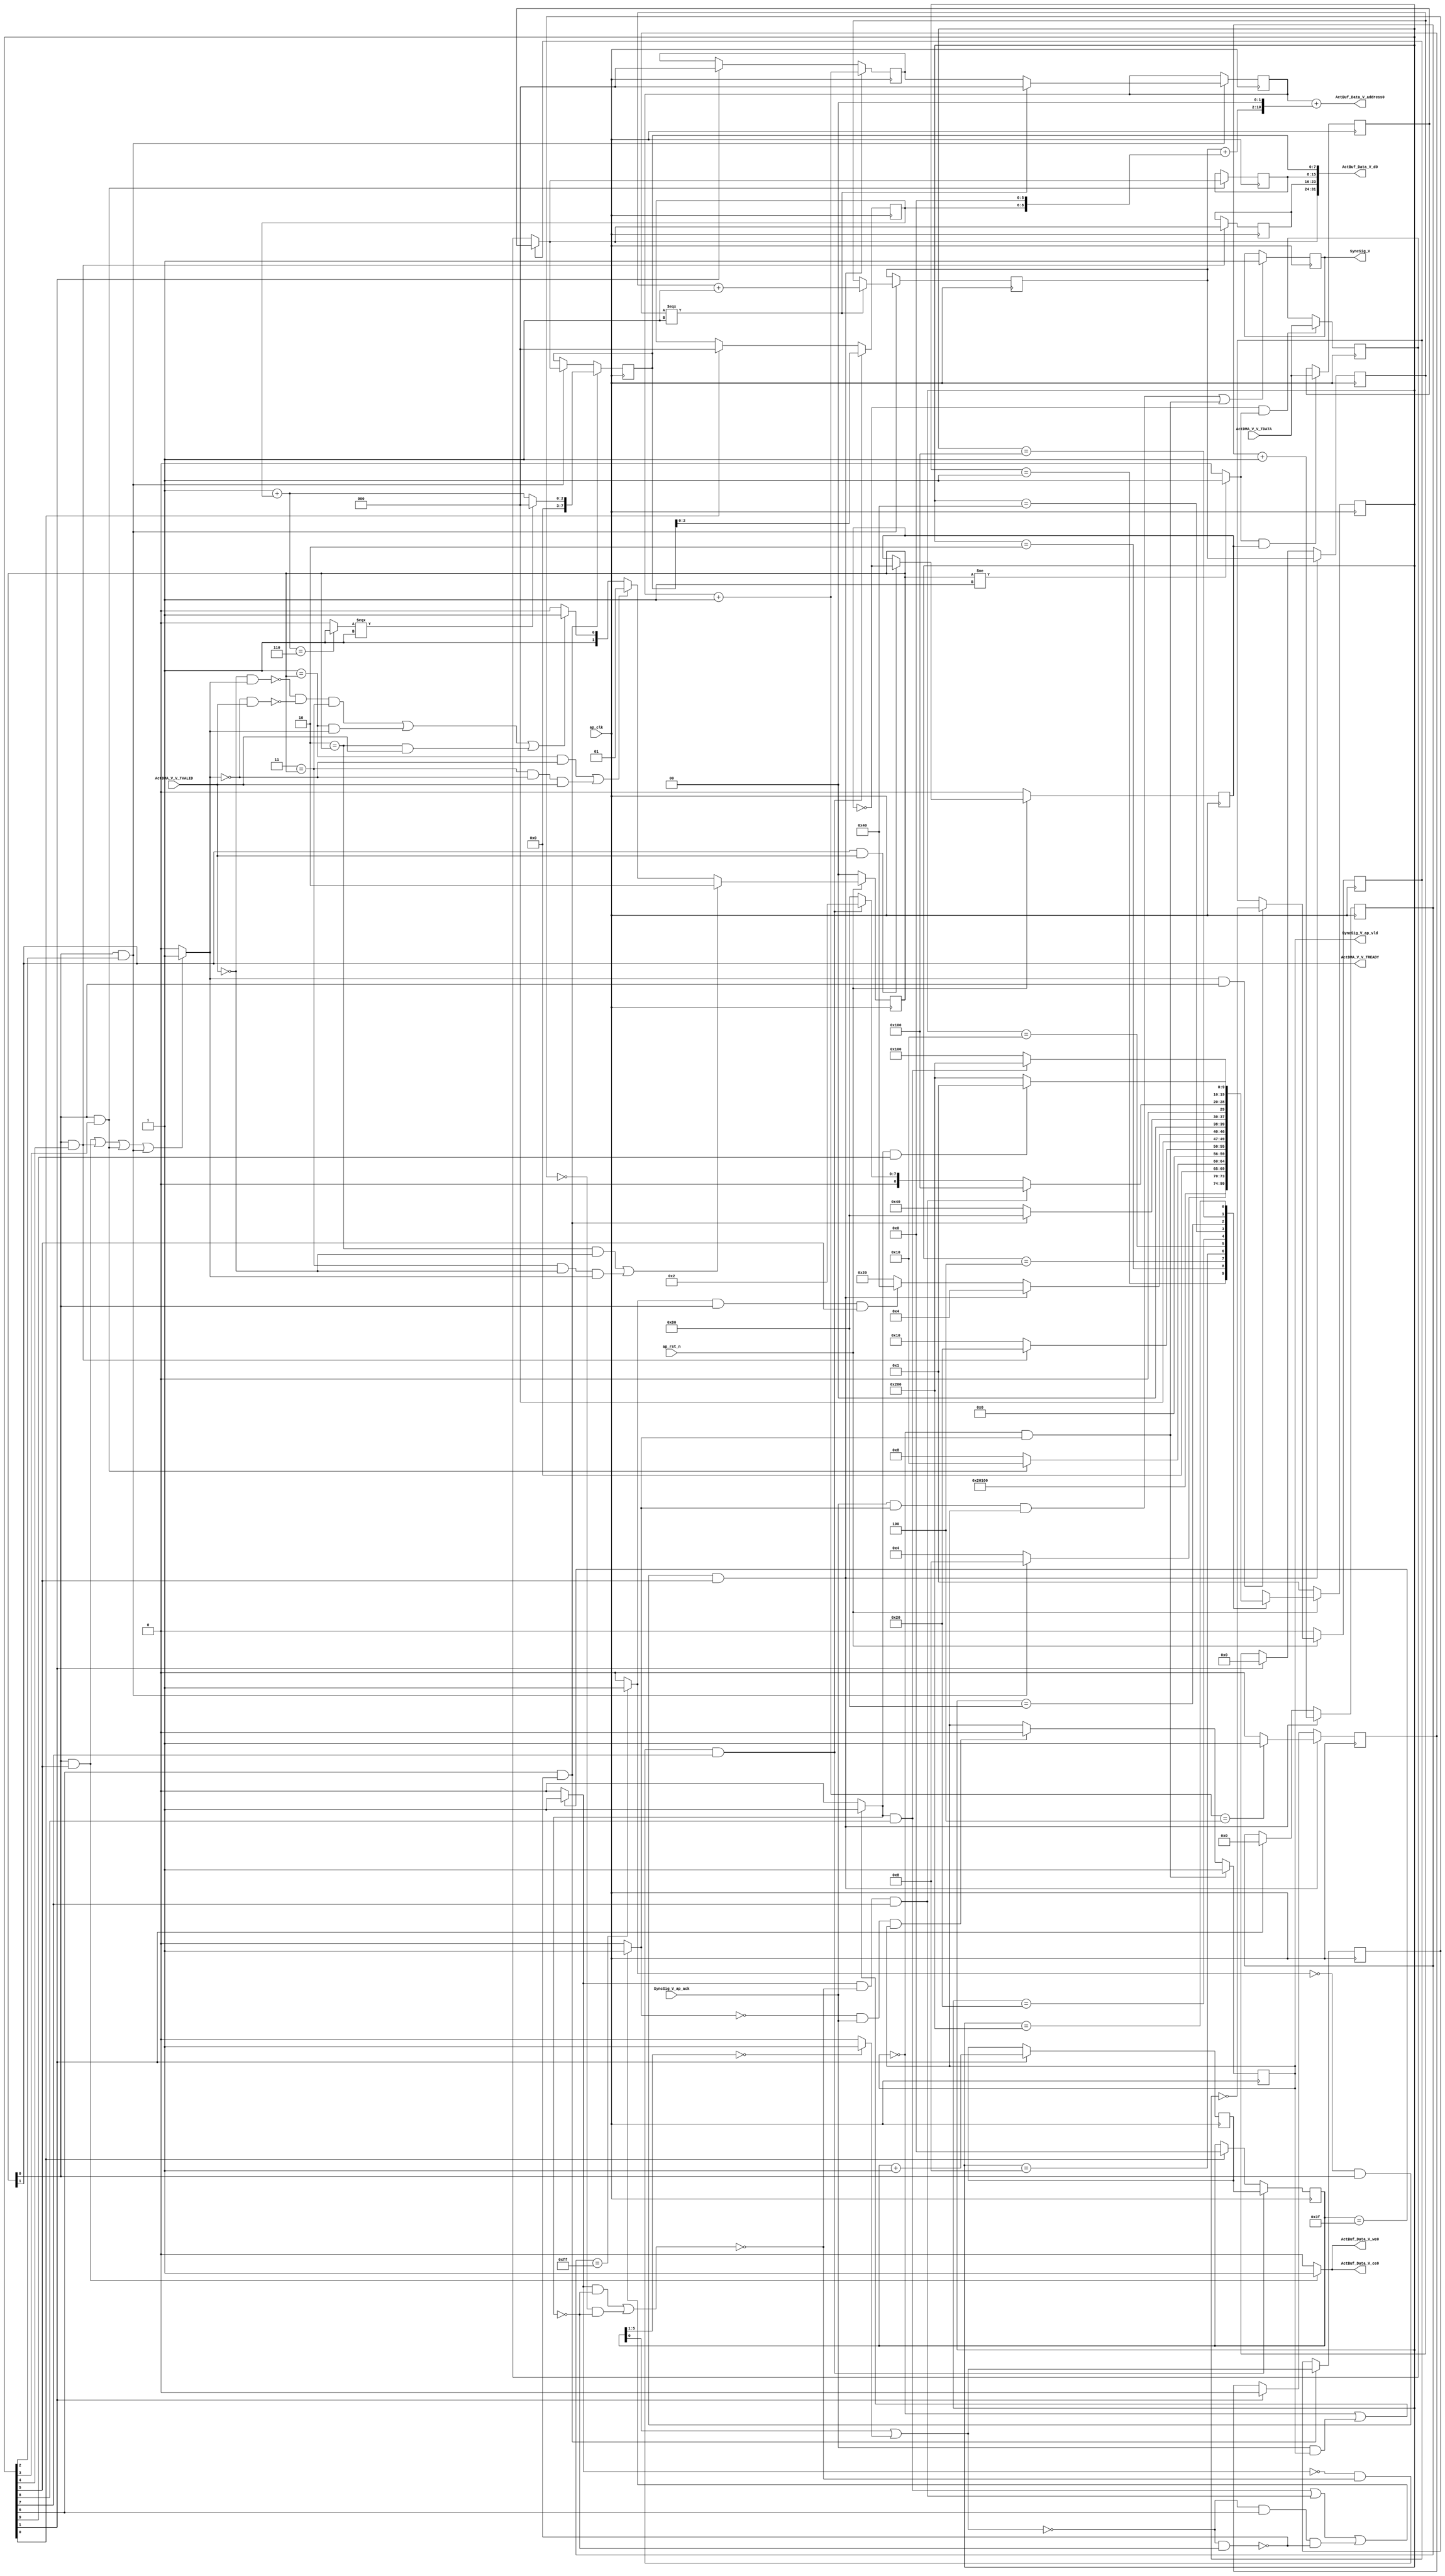
// ==============================================================
// RTL generated by Vivado(TM) HLS - High-Level Synthesis from C, C++ and SystemC
// Version: 2018.3
// Copyright (C) 1986-2018 Xilinx, Inc. All Rights Reserved.
// 
// ===========================================================

`timescale 1 ns / 1 ps 

(* CORE_GENERATION_INFO="Layer2_WriteAct,hls_ip_2018_3,{HLS_INPUT_TYPE=cxx,HLS_INPUT_FLOAT=0,HLS_INPUT_FIXED=1,HLS_INPUT_PART=xczu15eg-ffvb1156-2-i,HLS_INPUT_CLOCK=10.000000,HLS_INPUT_ARCH=others,HLS_SYN_CLOCK=2.822000,HLS_SYN_LAT=65730,HLS_SYN_TPT=none,HLS_SYN_MEM=0,HLS_SYN_DSP=0,HLS_SYN_FF=101,HLS_SYN_LUT=340,HLS_VERSION=2018_3}" *)

module Layer2_WriteAct (
        ap_clk,
        ap_rst_n,
        ActDMA_V_V_TDATA,
        ActDMA_V_V_TVALID,
        ActDMA_V_V_TREADY,
        SyncSig_V,
        SyncSig_V_ap_vld,
        SyncSig_V_ap_ack,
        ActBuf_Data_V_address0,
        ActBuf_Data_V_ce0,
        ActBuf_Data_V_we0,
        ActBuf_Data_V_d0
);

parameter    ap_ST_fsm_state1 = 10'd1;
parameter    ap_ST_fsm_state2 = 10'd2;
parameter    ap_ST_fsm_state3 = 10'd4;
parameter    ap_ST_fsm_state4 = 10'd8;
parameter    ap_ST_fsm_state5 = 10'd16;
parameter    ap_ST_fsm_state6 = 10'd32;
parameter    ap_ST_fsm_state7 = 10'd64;
parameter    ap_ST_fsm_state8 = 10'd128;
parameter    ap_ST_fsm_state9 = 10'd256;
parameter    ap_ST_fsm_state10 = 10'd512;

input   ap_clk;
input   ap_rst_n;
input  [7:0] ActDMA_V_V_TDATA;
input   ActDMA_V_V_TVALID;
output   ActDMA_V_V_TREADY;
output   SyncSig_V;
output   SyncSig_V_ap_vld;
input   SyncSig_V_ap_ack;
output  [10:0] ActBuf_Data_V_address0;
output   ActBuf_Data_V_ce0;
output   ActBuf_Data_V_we0;
output  [31:0] ActBuf_Data_V_d0;

reg ActBuf_Data_V_ce0;
reg ActBuf_Data_V_we0;

 reg    ap_rst_n_inv;
reg   [7:0] ActDMA_V_V_0_data_out;
wire    ActDMA_V_V_0_vld_in;
wire    ActDMA_V_V_0_vld_out;
wire    ActDMA_V_V_0_ack_in;
reg    ActDMA_V_V_0_ack_out;
reg   [7:0] ActDMA_V_V_0_payload_A;
reg   [7:0] ActDMA_V_V_0_payload_B;
reg    ActDMA_V_V_0_sel_rd;
reg    ActDMA_V_V_0_sel_wr;
wire    ActDMA_V_V_0_sel;
wire    ActDMA_V_V_0_load_A;
wire    ActDMA_V_V_0_load_B;
reg   [1:0] ActDMA_V_V_0_state;
wire    ActDMA_V_V_0_state_cmp_full;
reg    SyncSig_V_1_data_reg;
reg    SyncSig_V_1_vld_reg;
reg    SyncSig_V_1_vld_in;
reg    SyncSig_V_1_ack_in;
wire    SyncSig_V_1_ack_out;
reg    ActDMA_V_V_TDATA_blk_n;
(* fsm_encoding = "none" *) reg   [9:0] ap_CS_fsm;
wire    ap_CS_fsm_state3;
wire    ap_CS_fsm_state4;
wire    ap_CS_fsm_state5;
wire    ap_CS_fsm_state6;
reg    SyncSig_V_blk_n;
wire    ap_CS_fsm_state7;
wire   [0:0] demorgan_fu_337_p2;
wire    ap_CS_fsm_state8;
reg   [0:0] demorgan_reg_404;
wire   [0:0] tmp_fu_343_p2;
wire    ap_CS_fsm_state9;
wire    ap_CS_fsm_state10;
wire   [2:0] t_V_3_mid2_fu_213_p3;
reg   [2:0] t_V_3_mid2_reg_354;
wire   [6:0] t_V_fu_205_p3;
reg   [6:0] t_V_reg_360;
reg   [7:0] reg_366;
wire   [2:0] t_V_3_fu_309_p3;
reg    ap_block_state7_io;
reg   [7:0] tmp_V_1_reg_371;
reg   [7:0] tmp_V_2_reg_376;
wire   [2:0] t_V_5_fu_239_p2;
wire   [7:0] indvar_flatten_next_fu_279_p2;
wire   [0:0] exitcond_fu_291_p2;
wire   [5:0] p_Val2_s_fu_199_p2;
reg   [5:0] p_Val2_s_reg_399;
wire    ap_CS_fsm_state2;
reg   [2:0] t_V6_reg_125;
wire    ap_CS_fsm_state1;
reg    ap_block_state8_io;
reg   [5:0] p_Val2_5_reg_137;
reg   [0:0] exitcond4_reg_149;
wire   [0:0] exitcond_flatten_fu_285_p2;
reg   [2:0] t_V_s_reg_160;
reg   [6:0] t_V_1_reg_171;
reg   [7:0] indvar_flatten1_reg_182;
wire   [63:0] tmp_15_cast_fu_259_p1;
wire   [6:0] c_V_fu_193_p2;
wire   [8:0] tmp_3_fu_264_p3;
wire   [9:0] tmp_s_fu_274_p2;
wire   [11:0] tmp_cast_fu_224_p1;
wire   [11:0] tmp_14_cast_fu_245_p3;
wire   [11:0] tmp_1_fu_253_p2;
wire   [9:0] tmp_9_cast_fu_221_p1;
wire   [9:0] tmp_10_cast_fu_235_p1;
wire   [4:0] tmp_4_fu_317_p4;
wire   [0:0] tmp_5_fu_327_p2;
wire   [2:0] rRow_V_fu_297_p2;
wire   [0:0] tmp_6_fu_333_p1;
wire   [0:0] icmp_fu_303_p2;
reg   [9:0] ap_NS_fsm;

// power-on initialization
initial begin
#0 ActDMA_V_V_0_sel_rd = 1'b0;
#0 ActDMA_V_V_0_sel_wr = 1'b0;
#0 ActDMA_V_V_0_state = 2'd0;
#0 SyncSig_V_1_data_reg = 1'b0;
#0 SyncSig_V_1_vld_reg = 1'b0;
#0 ap_CS_fsm = 10'd1;
end

always @ (posedge ap_clk) begin
    if (ap_rst_n_inv == 1'b1) begin
        ActDMA_V_V_0_sel_rd <= 1'b0;
    end else begin
        if (((1'b1 == ActDMA_V_V_0_ack_out) & (1'b1 == ActDMA_V_V_0_vld_out))) begin
            ActDMA_V_V_0_sel_rd <= ~ActDMA_V_V_0_sel_rd;
        end
    end
end

always @ (posedge ap_clk) begin
    if (ap_rst_n_inv == 1'b1) begin
        ActDMA_V_V_0_sel_wr <= 1'b0;
    end else begin
        if (((1'b1 == ActDMA_V_V_0_ack_in) & (1'b1 == ActDMA_V_V_0_vld_in))) begin
            ActDMA_V_V_0_sel_wr <= ~ActDMA_V_V_0_sel_wr;
        end
    end
end

always @ (posedge ap_clk) begin
    if (ap_rst_n_inv == 1'b1) begin
        ActDMA_V_V_0_state <= 2'd0;
    end else begin
        if ((((2'd2 == ActDMA_V_V_0_state) & (1'b0 == ActDMA_V_V_0_vld_in)) | ((2'd3 == ActDMA_V_V_0_state) & (1'b0 == ActDMA_V_V_0_vld_in) & (1'b1 == ActDMA_V_V_0_ack_out)))) begin
            ActDMA_V_V_0_state <= 2'd2;
        end else if ((((2'd1 == ActDMA_V_V_0_state) & (1'b0 == ActDMA_V_V_0_ack_out)) | ((2'd3 == ActDMA_V_V_0_state) & (1'b0 == ActDMA_V_V_0_ack_out) & (1'b1 == ActDMA_V_V_0_vld_in)))) begin
            ActDMA_V_V_0_state <= 2'd1;
        end else if (((~((1'b0 == ActDMA_V_V_0_vld_in) & (1'b1 == ActDMA_V_V_0_ack_out)) & ~((1'b0 == ActDMA_V_V_0_ack_out) & (1'b1 == ActDMA_V_V_0_vld_in)) & (2'd3 == ActDMA_V_V_0_state)) | ((2'd1 == ActDMA_V_V_0_state) & (1'b1 == ActDMA_V_V_0_ack_out)) | ((2'd2 == ActDMA_V_V_0_state) & (1'b1 == ActDMA_V_V_0_vld_in)))) begin
            ActDMA_V_V_0_state <= 2'd3;
        end else begin
            ActDMA_V_V_0_state <= 2'd2;
        end
    end
end

always @ (posedge ap_clk) begin
    if (ap_rst_n_inv == 1'b1) begin
        ap_CS_fsm <= ap_ST_fsm_state1;
    end else begin
        ap_CS_fsm <= ap_NS_fsm;
    end
end

always @ (posedge ap_clk) begin
    if (((1'b0 == SyncSig_V_1_vld_reg) & (1'b1 == SyncSig_V_1_vld_in))) begin
        SyncSig_V_1_vld_reg <= 1'b1;
    end else if (((1'b0 == SyncSig_V_1_vld_in) & (1'b1 == SyncSig_V_1_ack_out) & (1'b1 == SyncSig_V_1_vld_reg))) begin
        SyncSig_V_1_vld_reg <= 1'b0;
    end
end

always @ (posedge ap_clk) begin
    if (((exitcond_flatten_fu_285_p2 == 1'd0) & (1'b1 == ActDMA_V_V_0_vld_out) & (1'b1 == ap_CS_fsm_state6))) begin
        exitcond4_reg_149 <= exitcond_fu_291_p2;
    end else if ((1'b1 == ap_CS_fsm_state2)) begin
        exitcond4_reg_149 <= 1'd0;
    end
end

always @ (posedge ap_clk) begin
    if (((exitcond_flatten_fu_285_p2 == 1'd0) & (1'b1 == ActDMA_V_V_0_vld_out) & (1'b1 == ap_CS_fsm_state6))) begin
        indvar_flatten1_reg_182 <= indvar_flatten_next_fu_279_p2;
    end else if ((1'b1 == ap_CS_fsm_state2)) begin
        indvar_flatten1_reg_182 <= 8'd0;
    end
end

always @ (posedge ap_clk) begin
    if (((tmp_fu_343_p2 == 1'd0) & (1'b0 == ap_block_state8_io) & (1'b1 == ap_CS_fsm_state8))) begin
        p_Val2_5_reg_137 <= p_Val2_s_reg_399;
    end else if ((1'b1 == ap_CS_fsm_state1)) begin
        p_Val2_5_reg_137 <= 6'd0;
    end
end

always @ (posedge ap_clk) begin
    if (((1'b1 == ap_CS_fsm_state7) & (1'b0 == ap_block_state7_io))) begin
        reg_366 <= t_V_3_fu_309_p3;
    end else if (((1'b1 == ActDMA_V_V_0_vld_out) & (1'b1 == ap_CS_fsm_state3))) begin
        reg_366 <= ActDMA_V_V_0_data_out;
    end
end

always @ (posedge ap_clk) begin
    if (((tmp_fu_343_p2 == 1'd0) & (1'b0 == ap_block_state8_io) & (1'b1 == ap_CS_fsm_state8))) begin
        t_V6_reg_125 <= reg_366;
    end else if ((1'b1 == ap_CS_fsm_state1)) begin
        t_V6_reg_125 <= 3'd0;
    end
end

always @ (posedge ap_clk) begin
    if (((exitcond_flatten_fu_285_p2 == 1'd0) & (1'b1 == ActDMA_V_V_0_vld_out) & (1'b1 == ap_CS_fsm_state6))) begin
        t_V_1_reg_171 <= t_V_reg_360;
    end else if ((1'b1 == ap_CS_fsm_state2)) begin
        t_V_1_reg_171 <= 7'd0;
    end
end

always @ (posedge ap_clk) begin
    if (((exitcond_flatten_fu_285_p2 == 1'd0) & (1'b1 == ActDMA_V_V_0_vld_out) & (1'b1 == ap_CS_fsm_state6))) begin
        t_V_s_reg_160 <= t_V_5_fu_239_p2;
    end else if ((1'b1 == ap_CS_fsm_state2)) begin
        t_V_s_reg_160 <= 3'd0;
    end
end

always @ (posedge ap_clk) begin
    if ((1'b1 == ActDMA_V_V_0_load_A)) begin
        ActDMA_V_V_0_payload_A <= ActDMA_V_V_TDATA;
    end
end

always @ (posedge ap_clk) begin
    if ((1'b1 == ActDMA_V_V_0_load_B)) begin
        ActDMA_V_V_0_payload_B <= ActDMA_V_V_TDATA;
    end
end

always @ (posedge ap_clk) begin
    if ((((1'b1 == SyncSig_V_1_ack_out) & (1'b1 == SyncSig_V_1_vld_in) & (1'b1 == SyncSig_V_1_vld_reg)) | ((1'b0 == SyncSig_V_1_vld_reg) & (1'b1 == SyncSig_V_1_vld_in)))) begin
        SyncSig_V_1_data_reg <= 1'd1;
    end
end

always @ (posedge ap_clk) begin
    if (((1'b1 == ap_CS_fsm_state7) & (1'b0 == ap_block_state7_io))) begin
        demorgan_reg_404 <= demorgan_fu_337_p2;
    end
end

always @ (posedge ap_clk) begin
    if ((1'b1 == ap_CS_fsm_state2)) begin
        p_Val2_s_reg_399 <= p_Val2_s_fu_199_p2;
    end
end

always @ (posedge ap_clk) begin
    if (((1'b1 == ActDMA_V_V_0_vld_out) & (1'b1 == ap_CS_fsm_state3))) begin
        t_V_3_mid2_reg_354 <= t_V_3_mid2_fu_213_p3;
        t_V_reg_360 <= t_V_fu_205_p3;
    end
end

always @ (posedge ap_clk) begin
    if (((1'b1 == ActDMA_V_V_0_vld_out) & (1'b1 == ap_CS_fsm_state4))) begin
        tmp_V_1_reg_371 <= ActDMA_V_V_0_data_out;
    end
end

always @ (posedge ap_clk) begin
    if (((1'b1 == ActDMA_V_V_0_vld_out) & (1'b1 == ap_CS_fsm_state5))) begin
        tmp_V_2_reg_376 <= ActDMA_V_V_0_data_out;
    end
end

always @ (*) begin
    if (((1'b1 == ActDMA_V_V_0_vld_out) & (1'b1 == ap_CS_fsm_state6))) begin
        ActBuf_Data_V_ce0 = 1'b1;
    end else begin
        ActBuf_Data_V_ce0 = 1'b0;
    end
end

always @ (*) begin
    if (((1'b1 == ActDMA_V_V_0_vld_out) & (1'b1 == ap_CS_fsm_state6))) begin
        ActBuf_Data_V_we0 = 1'b1;
    end else begin
        ActBuf_Data_V_we0 = 1'b0;
    end
end

always @ (*) begin
    if ((((1'b1 == ActDMA_V_V_0_vld_out) & (1'b1 == ap_CS_fsm_state6)) | ((1'b1 == ActDMA_V_V_0_vld_out) & (1'b1 == ap_CS_fsm_state5)) | ((1'b1 == ActDMA_V_V_0_vld_out) & (1'b1 == ap_CS_fsm_state4)) | ((1'b1 == ActDMA_V_V_0_vld_out) & (1'b1 == ap_CS_fsm_state3)))) begin
        ActDMA_V_V_0_ack_out = 1'b1;
    end else begin
        ActDMA_V_V_0_ack_out = 1'b0;
    end
end

always @ (*) begin
    if ((1'b1 == ActDMA_V_V_0_sel)) begin
        ActDMA_V_V_0_data_out = ActDMA_V_V_0_payload_B;
    end else begin
        ActDMA_V_V_0_data_out = ActDMA_V_V_0_payload_A;
    end
end

always @ (*) begin
    if (((1'b1 == ap_CS_fsm_state6) | (1'b1 == ap_CS_fsm_state5) | (1'b1 == ap_CS_fsm_state4) | (1'b1 == ap_CS_fsm_state3))) begin
        ActDMA_V_V_TDATA_blk_n = ActDMA_V_V_0_state[1'd0];
    end else begin
        ActDMA_V_V_TDATA_blk_n = 1'b1;
    end
end

always @ (*) begin
    if (((1'b0 == SyncSig_V_1_vld_reg) | ((1'b1 == SyncSig_V_1_ack_out) & (1'b1 == SyncSig_V_1_vld_reg)))) begin
        SyncSig_V_1_ack_in = 1'b1;
    end else begin
        SyncSig_V_1_ack_in = 1'b0;
    end
end

always @ (*) begin
    if ((((1'b1 == SyncSig_V_1_ack_in) & (1'b1 == ap_CS_fsm_state9)) | ((tmp_fu_343_p2 == 1'd1) & (1'b0 == ap_block_state8_io) & (1'b1 == ap_CS_fsm_state8)) | ((demorgan_fu_337_p2 == 1'd0) & (1'b1 == ap_CS_fsm_state7) & (1'b0 == ap_block_state7_io)))) begin
        SyncSig_V_1_vld_in = 1'b1;
    end else begin
        SyncSig_V_1_vld_in = 1'b0;
    end
end

always @ (*) begin
    if (((1'b1 == ap_CS_fsm_state10) | (1'b1 == ap_CS_fsm_state9) | ((tmp_fu_343_p2 == 1'd1) & (1'b1 == ap_CS_fsm_state8)) | ((demorgan_reg_404 == 1'd0) & (1'b1 == ap_CS_fsm_state8)) | ((demorgan_fu_337_p2 == 1'd0) & (1'b1 == ap_CS_fsm_state7)))) begin
        SyncSig_V_blk_n = SyncSig_V_1_ack_in;
    end else begin
        SyncSig_V_blk_n = 1'b1;
    end
end

always @ (*) begin
    case (ap_CS_fsm)
        ap_ST_fsm_state1 : begin
            ap_NS_fsm = ap_ST_fsm_state2;
        end
        ap_ST_fsm_state2 : begin
            ap_NS_fsm = ap_ST_fsm_state3;
        end
        ap_ST_fsm_state3 : begin
            if (((1'b1 == ActDMA_V_V_0_vld_out) & (1'b1 == ap_CS_fsm_state3))) begin
                ap_NS_fsm = ap_ST_fsm_state4;
            end else begin
                ap_NS_fsm = ap_ST_fsm_state3;
            end
        end
        ap_ST_fsm_state4 : begin
            if (((1'b1 == ActDMA_V_V_0_vld_out) & (1'b1 == ap_CS_fsm_state4))) begin
                ap_NS_fsm = ap_ST_fsm_state5;
            end else begin
                ap_NS_fsm = ap_ST_fsm_state4;
            end
        end
        ap_ST_fsm_state5 : begin
            if (((1'b1 == ActDMA_V_V_0_vld_out) & (1'b1 == ap_CS_fsm_state5))) begin
                ap_NS_fsm = ap_ST_fsm_state6;
            end else begin
                ap_NS_fsm = ap_ST_fsm_state5;
            end
        end
        ap_ST_fsm_state6 : begin
            if (((exitcond_flatten_fu_285_p2 == 1'd0) & (1'b1 == ActDMA_V_V_0_vld_out) & (1'b1 == ap_CS_fsm_state6))) begin
                ap_NS_fsm = ap_ST_fsm_state3;
            end else if (((exitcond_flatten_fu_285_p2 == 1'd1) & (1'b1 == ActDMA_V_V_0_vld_out) & (1'b1 == ap_CS_fsm_state6))) begin
                ap_NS_fsm = ap_ST_fsm_state7;
            end else begin
                ap_NS_fsm = ap_ST_fsm_state6;
            end
        end
        ap_ST_fsm_state7 : begin
            if (((1'b1 == ap_CS_fsm_state7) & (1'b0 == ap_block_state7_io))) begin
                ap_NS_fsm = ap_ST_fsm_state8;
            end else begin
                ap_NS_fsm = ap_ST_fsm_state7;
            end
        end
        ap_ST_fsm_state8 : begin
            if (((tmp_fu_343_p2 == 1'd1) & (1'b0 == ap_block_state8_io) & (1'b1 == ap_CS_fsm_state8))) begin
                ap_NS_fsm = ap_ST_fsm_state9;
            end else if (((tmp_fu_343_p2 == 1'd0) & (1'b0 == ap_block_state8_io) & (1'b1 == ap_CS_fsm_state8))) begin
                ap_NS_fsm = ap_ST_fsm_state2;
            end else begin
                ap_NS_fsm = ap_ST_fsm_state8;
            end
        end
        ap_ST_fsm_state9 : begin
            if (((1'b1 == SyncSig_V_1_ack_in) & (1'b1 == ap_CS_fsm_state9))) begin
                ap_NS_fsm = ap_ST_fsm_state10;
            end else begin
                ap_NS_fsm = ap_ST_fsm_state9;
            end
        end
        ap_ST_fsm_state10 : begin
            if (((1'b1 == SyncSig_V_1_ack_in) & (1'b1 == ap_CS_fsm_state10))) begin
                ap_NS_fsm = ap_ST_fsm_state1;
            end else begin
                ap_NS_fsm = ap_ST_fsm_state10;
            end
        end
        default : begin
            ap_NS_fsm = 'bx;
        end
    endcase
end

assign ActBuf_Data_V_address0 = tmp_15_cast_fu_259_p1;

assign ActBuf_Data_V_d0 = {{{{ActDMA_V_V_0_data_out}, {tmp_V_2_reg_376}}, {tmp_V_1_reg_371}}, {reg_366}};

assign ActDMA_V_V_0_ack_in = ActDMA_V_V_0_state[1'd1];

assign ActDMA_V_V_0_load_A = (~ActDMA_V_V_0_sel_wr & ActDMA_V_V_0_state_cmp_full);

assign ActDMA_V_V_0_load_B = (ActDMA_V_V_0_state_cmp_full & ActDMA_V_V_0_sel_wr);

assign ActDMA_V_V_0_sel = ActDMA_V_V_0_sel_rd;

assign ActDMA_V_V_0_state_cmp_full = ((ActDMA_V_V_0_state != 2'd1) ? 1'b1 : 1'b0);

assign ActDMA_V_V_0_vld_in = ActDMA_V_V_TVALID;

assign ActDMA_V_V_0_vld_out = ActDMA_V_V_0_state[1'd0];

assign ActDMA_V_V_TREADY = ActDMA_V_V_0_state[1'd1];

assign SyncSig_V = SyncSig_V_1_data_reg;

assign SyncSig_V_1_ack_out = SyncSig_V_ap_ack;

assign SyncSig_V_ap_vld = SyncSig_V_1_vld_reg;

assign ap_CS_fsm_state1 = ap_CS_fsm[32'd0];

assign ap_CS_fsm_state10 = ap_CS_fsm[32'd9];

assign ap_CS_fsm_state2 = ap_CS_fsm[32'd1];

assign ap_CS_fsm_state3 = ap_CS_fsm[32'd2];

assign ap_CS_fsm_state4 = ap_CS_fsm[32'd3];

assign ap_CS_fsm_state5 = ap_CS_fsm[32'd4];

assign ap_CS_fsm_state6 = ap_CS_fsm[32'd5];

assign ap_CS_fsm_state7 = ap_CS_fsm[32'd6];

assign ap_CS_fsm_state8 = ap_CS_fsm[32'd7];

assign ap_CS_fsm_state9 = ap_CS_fsm[32'd8];

always @ (*) begin
    ap_block_state7_io = ((demorgan_fu_337_p2 == 1'd0) & (1'b0 == SyncSig_V_1_ack_in));
end

always @ (*) begin
    ap_block_state8_io = (((tmp_fu_343_p2 == 1'd1) & (1'b0 == SyncSig_V_1_ack_in)) | ((demorgan_reg_404 == 1'd0) & (1'b0 == SyncSig_V_1_ack_in)));
end

always @ (*) begin
    ap_rst_n_inv = ~ap_rst_n;
end

assign c_V_fu_193_p2 = (t_V_1_reg_171 + 7'd1);

assign demorgan_fu_337_p2 = (tmp_6_fu_333_p1 | icmp_fu_303_p2);

assign exitcond_flatten_fu_285_p2 = ((indvar_flatten1_reg_182 == 8'd255) ? 1'b1 : 1'b0);

assign exitcond_fu_291_p2 = ((t_V_5_fu_239_p2 == 3'd4) ? 1'b1 : 1'b0);

assign icmp_fu_303_p2 = ((tmp_4_fu_317_p4 == 5'd0) ? 1'b1 : 1'b0);

assign indvar_flatten_next_fu_279_p2 = (indvar_flatten1_reg_182 + 8'd1);

assign p_Val2_s_fu_199_p2 = (p_Val2_5_reg_137 + 6'd1);

assign rRow_V_fu_297_p2 = (3'd1 + t_V6_reg_125);

assign t_V_3_fu_309_p3 = ((tmp_5_fu_327_p2[0:0] === 1'b1) ? 3'd0 : rRow_V_fu_297_p2);

assign t_V_3_mid2_fu_213_p3 = ((exitcond4_reg_149[0:0] === 1'b1) ? 3'd0 : t_V_s_reg_160);

assign t_V_5_fu_239_p2 = (t_V_3_mid2_reg_354 + 3'd1);

assign t_V_fu_205_p3 = ((exitcond4_reg_149[0:0] === 1'b1) ? c_V_fu_193_p2 : t_V_1_reg_171);

assign tmp_10_cast_fu_235_p1 = tmp_3_fu_264_p3;

assign tmp_14_cast_fu_245_p3 = {{tmp_s_fu_274_p2}, {2'd0}};

assign tmp_15_cast_fu_259_p1 = tmp_1_fu_253_p2;

assign tmp_1_fu_253_p2 = (tmp_cast_fu_224_p1 + tmp_14_cast_fu_245_p3);

assign tmp_3_fu_264_p3 = {{t_V6_reg_125}, {6'd0}};

assign tmp_4_fu_317_p4 = {{p_Val2_5_reg_137[5:1]}};

assign tmp_5_fu_327_p2 = ((rRow_V_fu_297_p2 == 3'd6) ? 1'b1 : 1'b0);

assign tmp_6_fu_333_p1 = p_Val2_5_reg_137[0:0];

assign tmp_9_cast_fu_221_p1 = t_V_reg_360;

assign tmp_cast_fu_224_p1 = t_V_3_mid2_reg_354;

assign tmp_fu_343_p2 = ((p_Val2_5_reg_137 == 6'd63) ? 1'b1 : 1'b0);

assign tmp_s_fu_274_p2 = (tmp_9_cast_fu_221_p1 + tmp_10_cast_fu_235_p1);

endmodule //Layer2_WriteAct